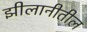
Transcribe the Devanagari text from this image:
झीलानीतील